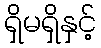
ရှိမရှိနှင့်